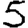
Digit: 5